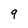
Character: 9